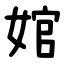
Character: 婠